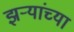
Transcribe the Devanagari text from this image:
झर्‍यांच्या